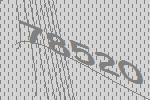
78520